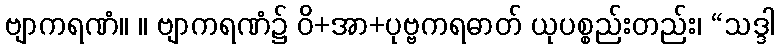
ဗျာကရဏံ။ ။ ဗျာကရဏံ၌ ဝိ+အာ+ပုဗ္ဗကရဓာတ် ယုပစ္စည်းတည်း၊ “သဒ္ဒါ